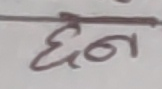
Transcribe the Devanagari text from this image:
छन